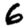
Digit: 6